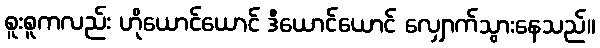
စူးစူကလည်း ဟိုယောင်ယောင် ဒီယောင်ယောင် လျှောက်သွားနေသည်။